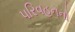
પરિવહનનો